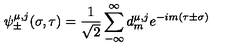
\psi _ { \pm } ^ { \mu , j } ( \sigma , \tau ) = \frac { 1 } { \sqrt 2 } \sum _ { - \infty } ^ { \infty } d _ { m } ^ { \mu , j } e ^ { - i m ( \tau \pm \sigma ) }